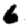
Digit: 6